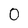
Character: 0